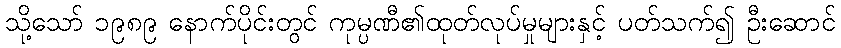
သို့သော် ၁၉၈၉ နောက်ပိုင်းတွင် ကုမ္ပဏီ၏ထုတ်လုပ်မှုများနှင့် ပတ်သက်၍ ဦးဆောင်